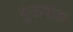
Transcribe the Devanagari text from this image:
युक्तगाक